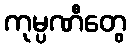
ကုမ္ပဏီတွေ